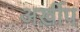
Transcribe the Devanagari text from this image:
अर्ख़ीप